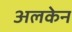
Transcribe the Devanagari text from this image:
अलकेन